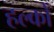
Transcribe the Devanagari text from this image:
हल्कों